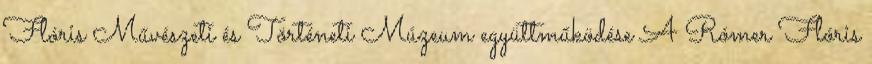
Flóris Művészeti és Történeti Múzeum együttműködése A Rómer Flóris